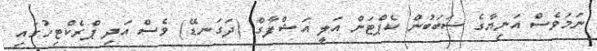
ނަމަވެސް އަނިޔާގެ ސަބަބުން ކެޕްޓަން އަލީ އަޝްފާގް (ދަގަނޑޭ) ވެސް އަދި ޕްރެކްޓިހުގައި